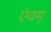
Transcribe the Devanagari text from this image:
एंवम्